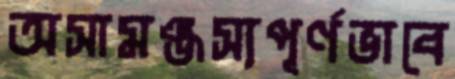
অসামঞ্জস্যপূর্ণভাবে